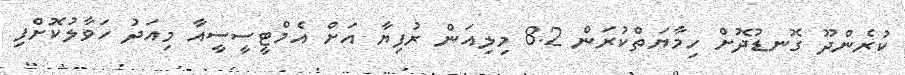
ކުރެންދޫ ގޮނޑުދޮށް ހިމާޔަތްކުރަން 8.2 މިލިއަން ރުފިޔާ އަށް އެމްޓީސީސީއާ މިއަދު ހަވާލުކޮށްފި